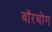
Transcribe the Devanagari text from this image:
वॉरथोग